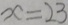
x = 2 3